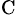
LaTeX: _\mathrm{C}